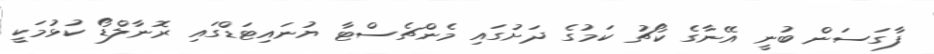
ފާގަސަން ބުނީ އޭނާގެ ކޯޗު ކަމުގެ ދަށުގައި މެންޗެސްޓާ ޔުނައިޓަޑްގައި ރޮނާލްޑޯ ކުޅުމަކީ